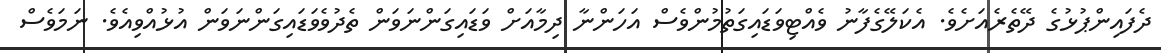
ދެފައިންޕުޅުގެ ދޭތެރެއަށެވެ. އެކަލޭގެފާނު ވެއްޓިވަޑައިގަތުމުންވެސް އަހަންނާ ދިމާއަށް ވަޑައިގަންނަވަން ތެދުވެވަޑައިގަންނަވަން އުޅުއްވިއެވެ. ނަމަވެސް